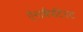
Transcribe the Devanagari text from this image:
ऐनाबैपटिस्ट